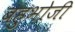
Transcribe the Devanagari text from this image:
बहुभोजी